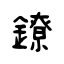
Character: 鐐